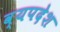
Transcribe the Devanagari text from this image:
व्यपदेश